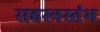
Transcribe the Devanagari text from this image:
सहस्त्रस्तंभ